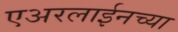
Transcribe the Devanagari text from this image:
एअरलाईनच्या